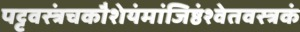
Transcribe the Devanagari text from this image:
पट्टवस्त्रंचकौशेयंमांजिष्ठंश्वेतवस्त्रकं